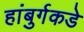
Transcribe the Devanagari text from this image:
हांबुर्गकडे